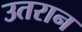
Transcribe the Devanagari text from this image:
उतरान